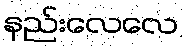
နည်းလေလေ